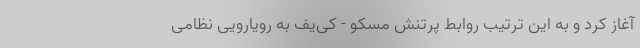
آغاز کرد و به این ترتیب روابط پرتنش مسکو - کی‌یف به رویارویی نظامی